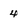
Character: 4